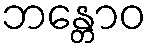
ဘန္တောဝ